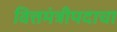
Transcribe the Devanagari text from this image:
वित्तमंत्रीपदाचा